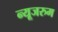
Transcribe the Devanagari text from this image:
न्यूजरुम